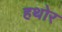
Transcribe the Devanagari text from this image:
हथोर